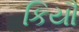
કિયૌ